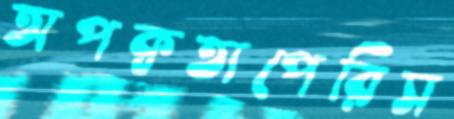
অপক্বতাপেরিস